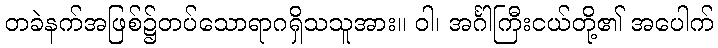
တခဲနက်အဖြစ်၌တပ်သောရာဂရှိသသူအား။ ဝါ၊ အင်္ဂါကြီးငယ်တို့၏ အပေါက်